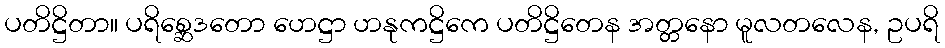
ပတိဋ္ဌိတာ။ ပရိစ္ဆေဒတော ဟေဋ္ဌာ ဟနုကဋ္ဌိကေ ပတိဋ္ဌိတေန အတ္တနော မူလတလေန, ဥပရိ